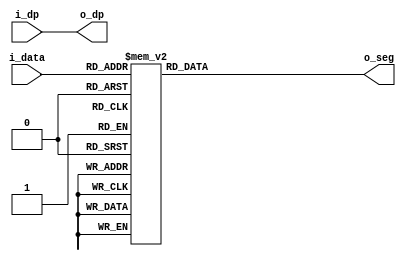
//*******************************FILE HEAD**************************************
//*********************Verilog HDL *********************
// FUNCTION        : 
// AUTHOR          : 
// DATE & REVISION : 
// COMPANY         : Verilog HDL 
// UPDATE          :
//******************************************************************************
`timescale 1ns/1ns

module seg_display
    (
        input [3: 0]i_data, //10 
        input i_dp,       
        
        output [6 : 0] o_seg, //7,ABCDEFG
        output o_dp
    );
    
    //o_code
    reg [6 :0] r_seg;
    
    assign o_dp = i_dp; //
    
    assign o_seg = r_seg; //assign
    
   
    always @(*) //always
    begin
   	    case(i_data)
   	        4'b0000: r_seg = 7'h40; //0
   	        4'b0001: r_seg = 7'h79; //1
   	        4'b0010: r_seg = 7'h24; //2
   	        4'b0011: r_seg = 7'h30; //3
   	        4'b0100: r_seg = 7'h19; //4
   	        4'b0101: r_seg = 7'h12; //5
   	        4'b0110: r_seg = 7'h02; //6
   	        4'b0111: r_seg = 7'h78; //7
   	        4'b1000: r_seg = 7'h00; //8
   	        4'b1001: r_seg = 7'h10; //9
   	        4'b1010: r_seg = 7'h3f; //A
   	        
   	        default: r_seg = 7'h7f; //
   	    endcase
	end
    
endmodule

// END OF seg_display.v FILE ***************************************************